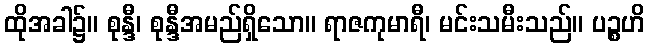
ထိုအခါ၌။ စုန္ဒီ၊ စုန္ဒီအမည်ရှိသော။ ရာဇကုမာရီ၊ မင်းသမီးသည်။ ပဉ္စဟိ